Annual report of the Civil Veterinary Department, Bengal, for the year 1897-98 - 1897-1898
Year: 1897
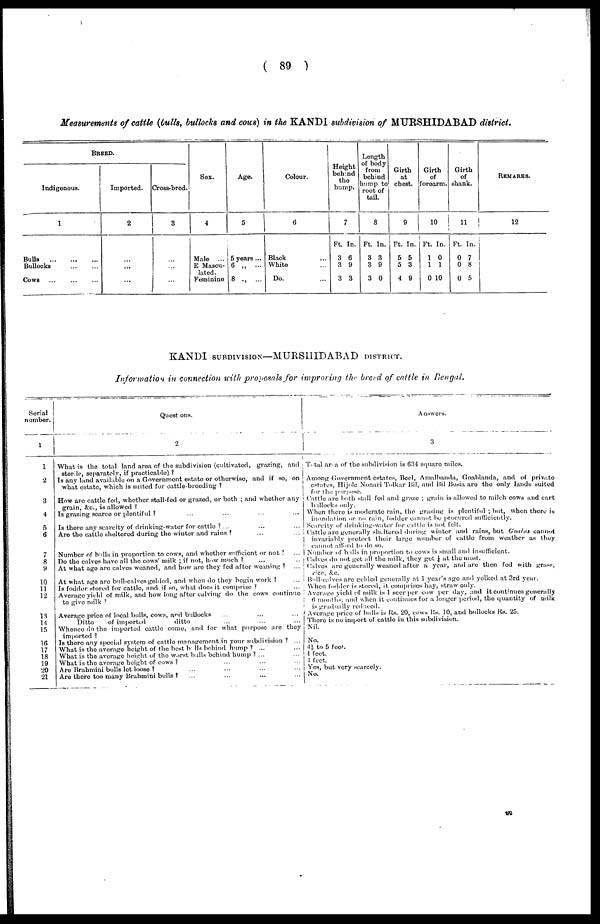
(89)
Measurements of cattle (Culls, bullocks and cous) in the KANDI subdivision of MURSHIDABAD district.
BREED.
Indigenous.
1
Bulls
...
...
...
Bullocks ... ...
Cows ... ... ...
Imported.
2
...
...
...
Cross-bred.
3
...
...
...
Sex.
4
Male
...
E Mascu-
lated.
Feminino
Age.
5
5 years ...
6 „
...
8 „ ...
Colour.
6
Black ...
White ...
Do. ...
Height
behind
the
hump.
7
Ft.
3
3
3
In.
6
9
3
Length
of body
from
behind
hamp to
root of
tail.
8
Ft.
3
3
3
In.
3
9
0
Girth
at
chest.
9
Ft.
5
5
4
In.
5
3
9
Girth
of
forcarm.
10
Ft.
1
1
0
In.
0
1
10
Girth
of
shank.
11
Ft.
0
0
0
In.
7
8
5
REMARKS.
12
KANDI SUBDIVISION—MURSHIDABAD DISTRICT.
Information in connection with proposals for improring the brerd of cattle in Bengal.
Serial
number.
1
1
2
3
4
5
6
7
8
9
10
11
12
13
14
15
16
17
18
19
20
21
Questions.
2
What is the total land area of the subdivision (caltivated, grazing, and
ster le, separately, if practicable)?
Is any land available on a Government estate or otherwise, and if so, on
what estate, which is suited for cattle-breeding?
How are cattle fed, whether stall-fed or grazed, or both; and whether any
grain, &c., is allowed?
Is grazing scarce or plentiful? ... ... ... ...
Is there any scarcity of drinking-water fur cattle? ... ... ...
Are the cattle sheltered during the winter and rains? ... ...
Number of balls in proportion to cows, and whether sufficient or not? ... ...
Do the calves have all the cows' milk; if not, how much?
... ...
At what age are calves weaned, and how are they fed after weainng? ... ...
At what age are ball-calves gelded, and when do they begin work? ...
Is fodder stored for cattle, and if so, what does it comprise? ...
Average yield of milk, and how long after calving do the cows continue
to give milk
Average price of local bulls, cows, and bullocks
...
...
Ditto
of imported
ditto ... ... ...
Whence do the imported cattle come, and for what purpose are they
imported?
Is there any special system of cattle management in your subdivision? ...
What is the average height of the best bulls behind hump? ... ...
What is the average height of the worst bulls behind hump? ...
What is the average height of cows? ... ... ... ...
Are Brahmini bulls let loose? ... ... ... ...
Are there too many Brahmini bulls? ... ... ... ...
Answers.
3
Total area of the subdivision is 634 square miles.
Among Government estates, Beel, Amalbanda, Goablanda, and of private
estates, Hijole Nonari Tolkar Bil, and Bil Bosia are the only lands suited
for the purpose.
Cattle are both stall fed and graze; grain is allowed to milch cows and cart
ballocks only.
When there is moderate rain, the grazing is plentiful; but, when there is
inpendation or he rain, fodder cannot be procured sufficiently.
Secreity of drinking water for cattle is not felt.
Cattle are generally sheltered during winter and rains, but Coalas cannot
invariably protect their large number of cattle from weather as they
cannot
afford
to
so.
Number of bulls in proportion to cows is small and insufficient.
Calves do not get all the milk, they get 1/4 at the most.
Calves are generally weaned after a year, and are then fed with grass,
rice, &c.
Bull-calves are gelded generally at 1 year's age and yolked at 3rd year.
When lodder is stored, it compnises hay, straw only.
Average yield of milk is 1 seer per cow per day, and it continues generally
6 months, and when it continues for a longer period, the quantity of milk
is
gradually
red
accd.
Average price of bulls is lis. 20, cows Rs. 10, and bullocks Rs. 25.
There is no import of cattle in this subdivision.
Nil.
No.
4½ to 5 feet.
4 feet.
4 feet.
Yes, but very scarcely.
No.
in